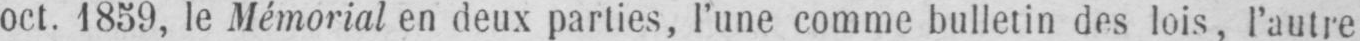
oct. 1859, le Mémorial en deux parties, l’une comme bulletin des lois, l’autre